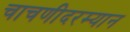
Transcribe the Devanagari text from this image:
चाचणीदरम्यान